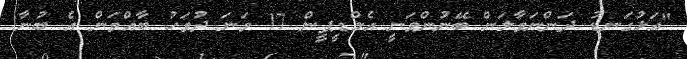
"އަޅުގަނޑު ދަންނަވާލަން ބޭނުންވަނީ އެމްޑީޕީން 17 ވަނަ ދުވަހު ބާއްވަން އެ ބުނާ